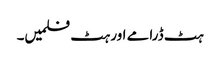
ہٹ ڈرامے اور ہٹ فلمیں۔